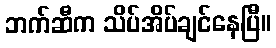
ဘက်ဆီက သိပ်အိပ်ချင်နေပြီ။